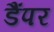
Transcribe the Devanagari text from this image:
डैंपर